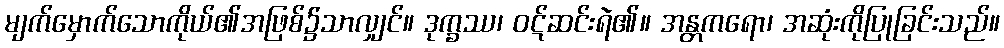
မျက်မှောက်သောကိုယ်၏အဖြစ်၌သာလျှင်။ ဒုက္ခဿ၊ ဝဋ်ဆင်းရဲ၏။ အန္တကရော၊ အဆုံးကိုပြုခြင်းသည်။